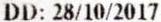
DD: 28/10/2017